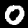
Label: 0